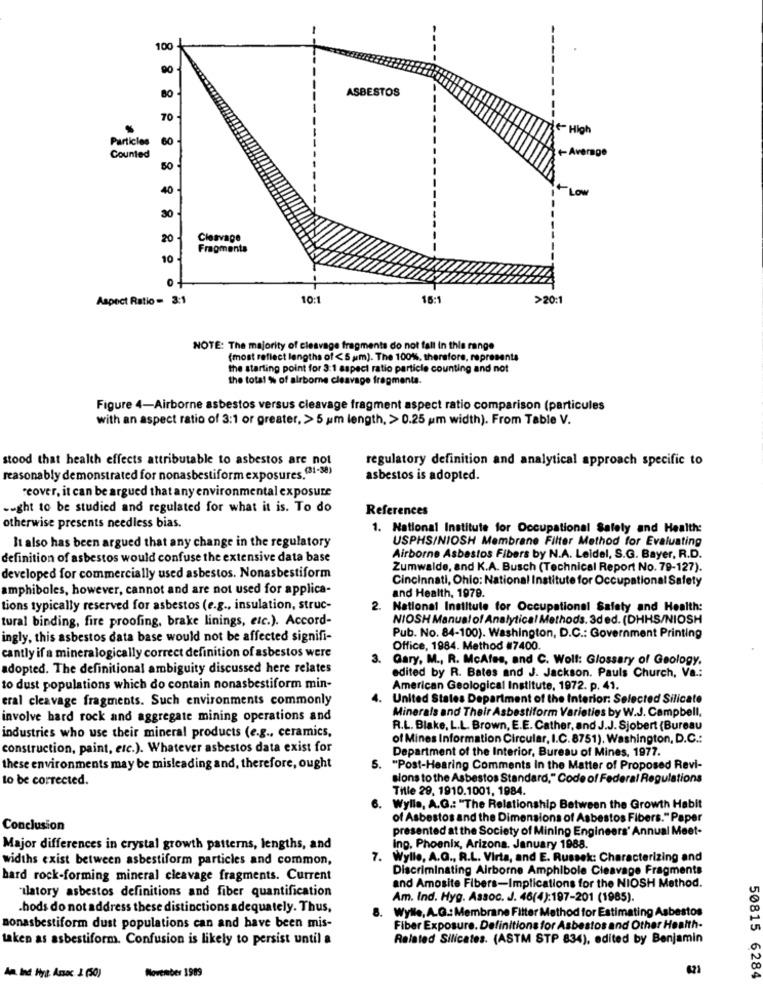
100
90
ASBESTOS
BO
70
& High
Particles
60
Average
Counted
50
40
+Low
30
20
Cleavage
Fragments
10
Aspect Ratio - 3:1
10:1
16:1
>20:1
NOTE: The majority of cleavage fragments do not fall in this range
(most reflect lengths of <5 um). The 100%, therefore, represents
the starting point for 3:1 aspect ratio particle counting and not
the total % of airborne cleavage fragments.
Figure 4-Airborne asbestos versus cleavage fragment aspect ratio comparison (particules
with an aspect ratio of 3:1 or greater, > 5 um length, > 0.25 um width). From Table V.
stood that health effects attributable to asbestos are not
regulatory definition and analytical approach specific to
reasonably demonstrated for nonasbestiform exposures.(31-88)
asbestos is adopted.
reover, it can be argued that any environmental exposure
-ught to be studied and regulated for what it is. To do
References
otherwise presents needless bias.
1. National Institute for Occupational Safety and Health:
USPHS/NIOSH Membrane Filter Method for Evaluating
It also has been argued that any change in the regulatory
definition of asbestos would confuse the extensive data base
Airborne Asbestos Fibers by N.A. Leidel, S.G. Bayer, R.D.
Zumwalde, and K.A. Busch (Technical Report No. 79-127).
developed for commercially used asbestos. Nonasbestiform
Cincinnati, Ohio: National Institute for Occupational Safety
amphiboles, however, cannot and are not used for applica-
and Health, 1979.
tions typically reserved for asbestos (e.g ., insulation, struc-
2. National Institute for Occupational Safety and Health:
tural binding, fire proofing, brake linings, etc.). Accord-
NIOSH Manual of Analytical Methods. 3ded. (DHHS/NIOSH
ingly, this asbestos data base would not be affected signifi-
Pub. No. 84-100). Washington, D.C .: Government Printing
Office, 1984. Method #7400.
cantly if a mineralogically correct definition of asbestos were
3.
Gary, M ., R. McAfes, and C. Wolf: Glossary of Geology.
adopted. The definitional ambiguity discussed here relates
edited by R. Bates and J. Jackson. Pauls Church, Va .:
to dust populations which do contain nonasbestiform min-
American Geological Institute, 1972. p. 41.
eral cleavage fragments. Such environments commonly
United States Department of the Interior: Selected Silicate
Minerals and Their Asbestiform Varieties by W.J. Campbell,
involve hard rock and aggregate mining operations and
R.L. Blake, L.L. Brown, E.E. Cather, and J.J. Sjobert {Bureau
industries who use their mineral products (e.g ., ceramics,
of Mines Information Circular, I.C. 8751). Washington, D.C .:
construction, paint, etc.). Whatever asbestos data exist for
Department of the Interior, Bureau of Mines, 1977.
these environments may be misleading and, therefore, ought
5.
"Post-Hearing Comments In the Matter of Proposed Revi-
to be corrected.
sions to the Asbestos Standard," Code of Federal Regulations
Title 29, 1910.1001, 1984.
Wylla, A.G .: "The Relationship Between the Growth Habit
of Asbestos and the Dimensions of Asbestos Fibers." Paper
Conclusion
presented at the Society of Mining Engineers' Annual Meet-
Major differences in crystal growth patterns, lengths, and
ing. Phoenix, Arizona. January 1988.
widths exist between asbestiform particles and common,
7. Wylle, A.G ., R.L. Virta, and E. Russek: Characterizing and
Discriminating Airborne Amphibole Cleavage Fragments
hard rock-forming mineral cleavage fragments. Current
and Amosite Fibers-Implications for the NIOSH Method.
ulatory asbestos definitions and fiber quantification
Am. Ind. Hyg. Assoc. J. 46(4):197-201 (1985).
.hods do not address these distinctions adequately. Thus,
8. Wylle, A.G .: Membrane Filter Method for Estimating Asbestos
sonasbestiform dust populations can and have been mis-
Fiber Exposure. Definitions for Asbestos and Other Health-
taken as asbestiform. Confusion is likely to persist until a
Related Silicates. (ASTM STP 834), edited by Benjamin
621
Am. Ind Hnt. Assoc 2 (50)
November 1989
50815 6284